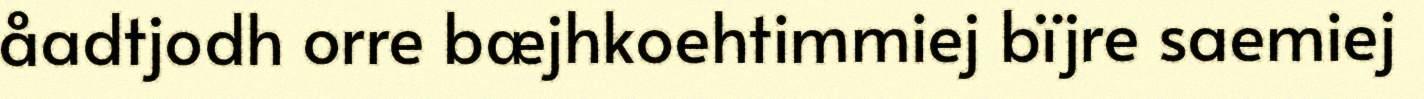
åadtjodh orre bæjhkoehtimmiej bïjre saemiej